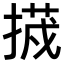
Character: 𭡷